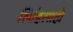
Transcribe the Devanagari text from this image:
लिहिलाही